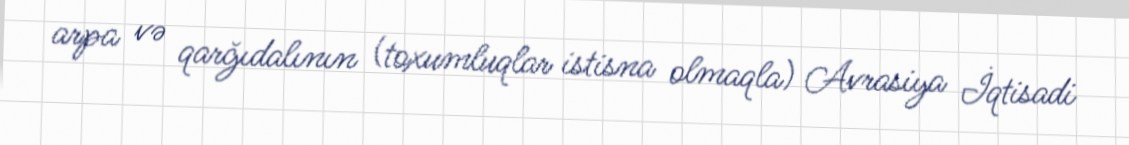
arpa və qarğıdalının (toxumluqlar istisna olmaqla) Avrasiya İqtisadi